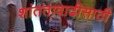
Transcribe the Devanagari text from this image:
शांततावाढीसाठी